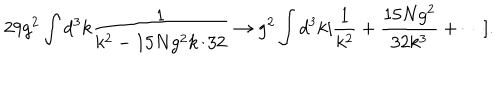
2 9 g ^ { 2 } \int d ^ { 3 } k \frac { 1 } { k ^ { 2 } - 1 5 N g ^ { 2 } k / 3 2 } \rightarrow g ^ { 2 } \int d ^ { 3 } k [ \frac { 1 } { k ^ { 2 } } + \frac { 1 5 N g ^ { 2 } } { 3 2 k ^ { 3 } } + \cdots ] .